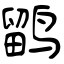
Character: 鹠